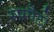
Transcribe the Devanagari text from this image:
स्पगैटो